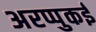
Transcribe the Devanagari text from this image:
अरप्पुकई